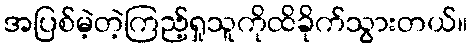
အပြစ်မဲ့တဲ့ကြည့်ရှုသူကိုထိခိုက်သွားတယ်။